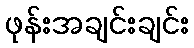
ဖုန်းအချင်းချင်း